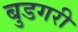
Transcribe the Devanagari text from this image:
बुडगरी